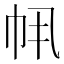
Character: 𫷂